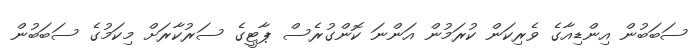
ސަބަބުން އިންޑިއާގެ ވެރިކަން ކުރަމުން އަންނަ ކޮންގުރެސް ޕާޓީގެ ސަރުކާރަށް މިކަމުގެ ސަބަބުން